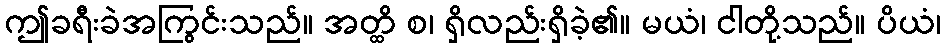
ဤခရီးခဲအကြွင်းသည်။ အတ္ထိ စ၊ ရှိလည်းရှိခဲ့၏။ မယံ၊ ငါတို့သည်။ ပိယံ၊